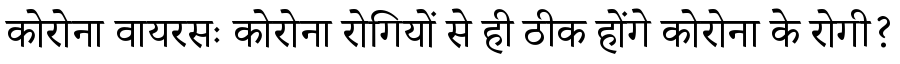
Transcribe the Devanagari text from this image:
कोरोना वायरसः कोरोना रोगियों से ही ठीक होंगे कोरोना के रोगी?